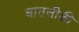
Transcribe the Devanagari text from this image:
घातलीकी